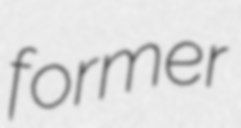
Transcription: former